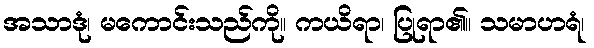
အသာဒုံ၊ မကောင်းသည်ကို။ ကယိရာ၊ ပြုရာ၏။ သမာဟရံ၊